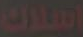
اسلاك